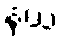
နယံ